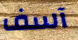
آسف